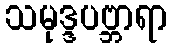
သမုဒ္ဒပဗ္ဘာရာ